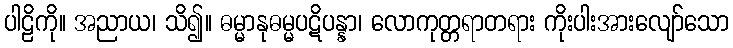
ပါဠိကို။ အညာယ၊ သိ၍။ ဓမ္မာနုဓမ္မပဋိပန္နာ၊ လောကုတ္တရာတရား ကိုးပါးအားလျော်သော